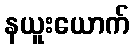
နယူးယောက်